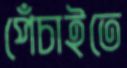
পেঁচাইতে